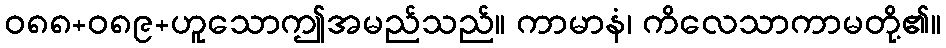
ဝ၈၈+၀၈၉+ဟူသောဤအမည်သည်။ ကာမာနံ၊ ကိလေသာကာမတို့၏။